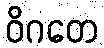
ဝိဂတေ